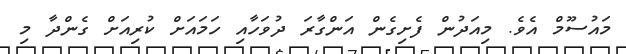
މައުސޫމް އެވެ. މިއަދުން ފެށިގެން އަންގާރަ ދުވަހާއި ހަމައަށް ކުރިއަށް ގެންދާ މި